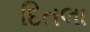
દિતલા